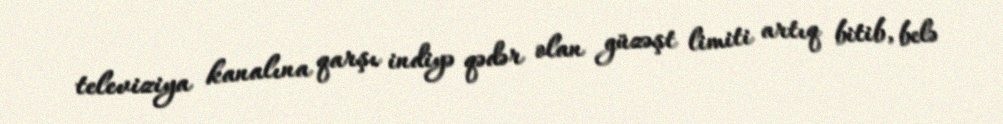
televiziya kanalına qarşı indiyə qədər olan güzəşt limiti artıq bitib, belə